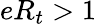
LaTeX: eR_{t}>1